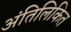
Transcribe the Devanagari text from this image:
अंतिलिकित